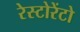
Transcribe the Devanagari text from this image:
रेस्टोरेंटो